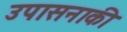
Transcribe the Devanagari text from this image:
उपासनाकी